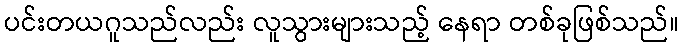
ပင်းတယဂူသည်လည်း လူသွားများသည့် နေရာ တစ်ခုဖြစ်သည်။